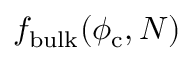
f _ { \mathrm { b u l k } } ( \phi _ { \mathrm { c } } , N )